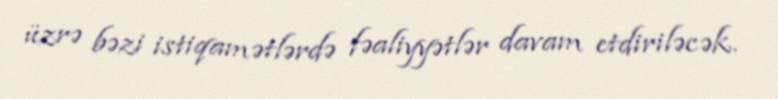
üzrə bəzi istiqamətlərdə fəaliyyətlər davam etdiriləcək.